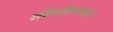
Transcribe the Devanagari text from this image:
तीर्थाटनाला